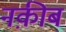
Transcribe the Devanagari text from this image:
नक़ीब